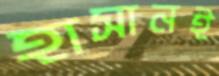
হাসানই